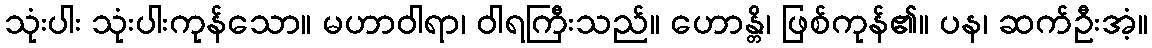
သုံးပါး သုံးပါးကုန်သော။ မဟာဝါရာ၊ ဝါရကြီးသည်။ ဟောန္တိ၊ ဖြစ်ကုန်၏။ ပန၊ ဆက်ဦးအံ့။